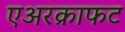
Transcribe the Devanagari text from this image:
एअरक्राफट